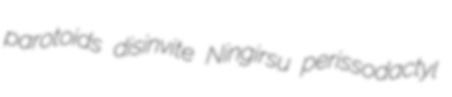
parotoids disinvite Ningirsu perissodactyl